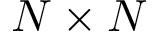
N \times N